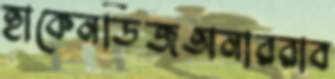
হাকেনডিজঅনাররাব